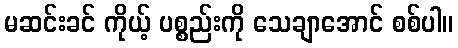
မဆင်းခင် ကိုယ့် ပစ္စည်းကို သေချာအောင် စစ်ပါ။